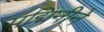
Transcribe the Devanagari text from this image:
पद्मिनीने